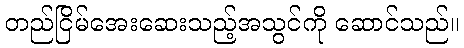
တည်ငြိမ်အေးဆေးသည့်အသွင်ကို ဆောင်သည်။